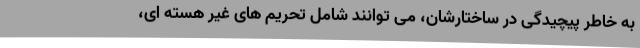
به خاطر پیچیدگی در ساختارشان، می توانند شامل تحریم های غیر هسته ای،